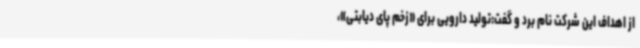
از اهداف این شرکت نام برد و گفت:تولید دارویی برای «زخم پای دیابتی»،